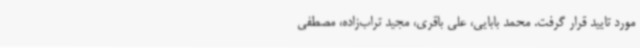
مورد تایید قرار گرفت. محمد بابایی، علی باقری، مجید تراب‌زاده، مصطفی